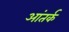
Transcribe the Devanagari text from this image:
आंतर्क